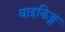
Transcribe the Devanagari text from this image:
वाइकिङ्स